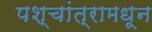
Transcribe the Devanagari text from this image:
पश्चांत्रामधून